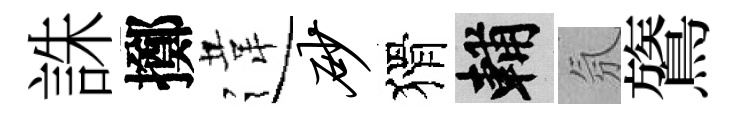
誅擲違砂猾輔氛鷟